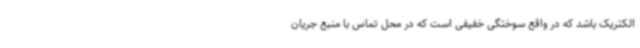
الکتریک باشد که در واقع سوختگی خفیفی است که در محل تماس با منبع جریان